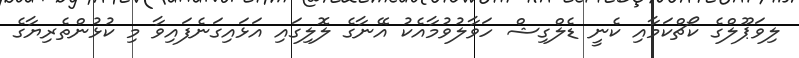
ލިވަޕޫލްގެ ކޯޗްކަމާއި ކެނީ ޑެލްގިޝް ހަވާލުވުމާއެކު އޭނާގެ ލޮލިގައި އަޅައިގަނެފައިވާ މި ކުޅުންތެރިޔާގެ